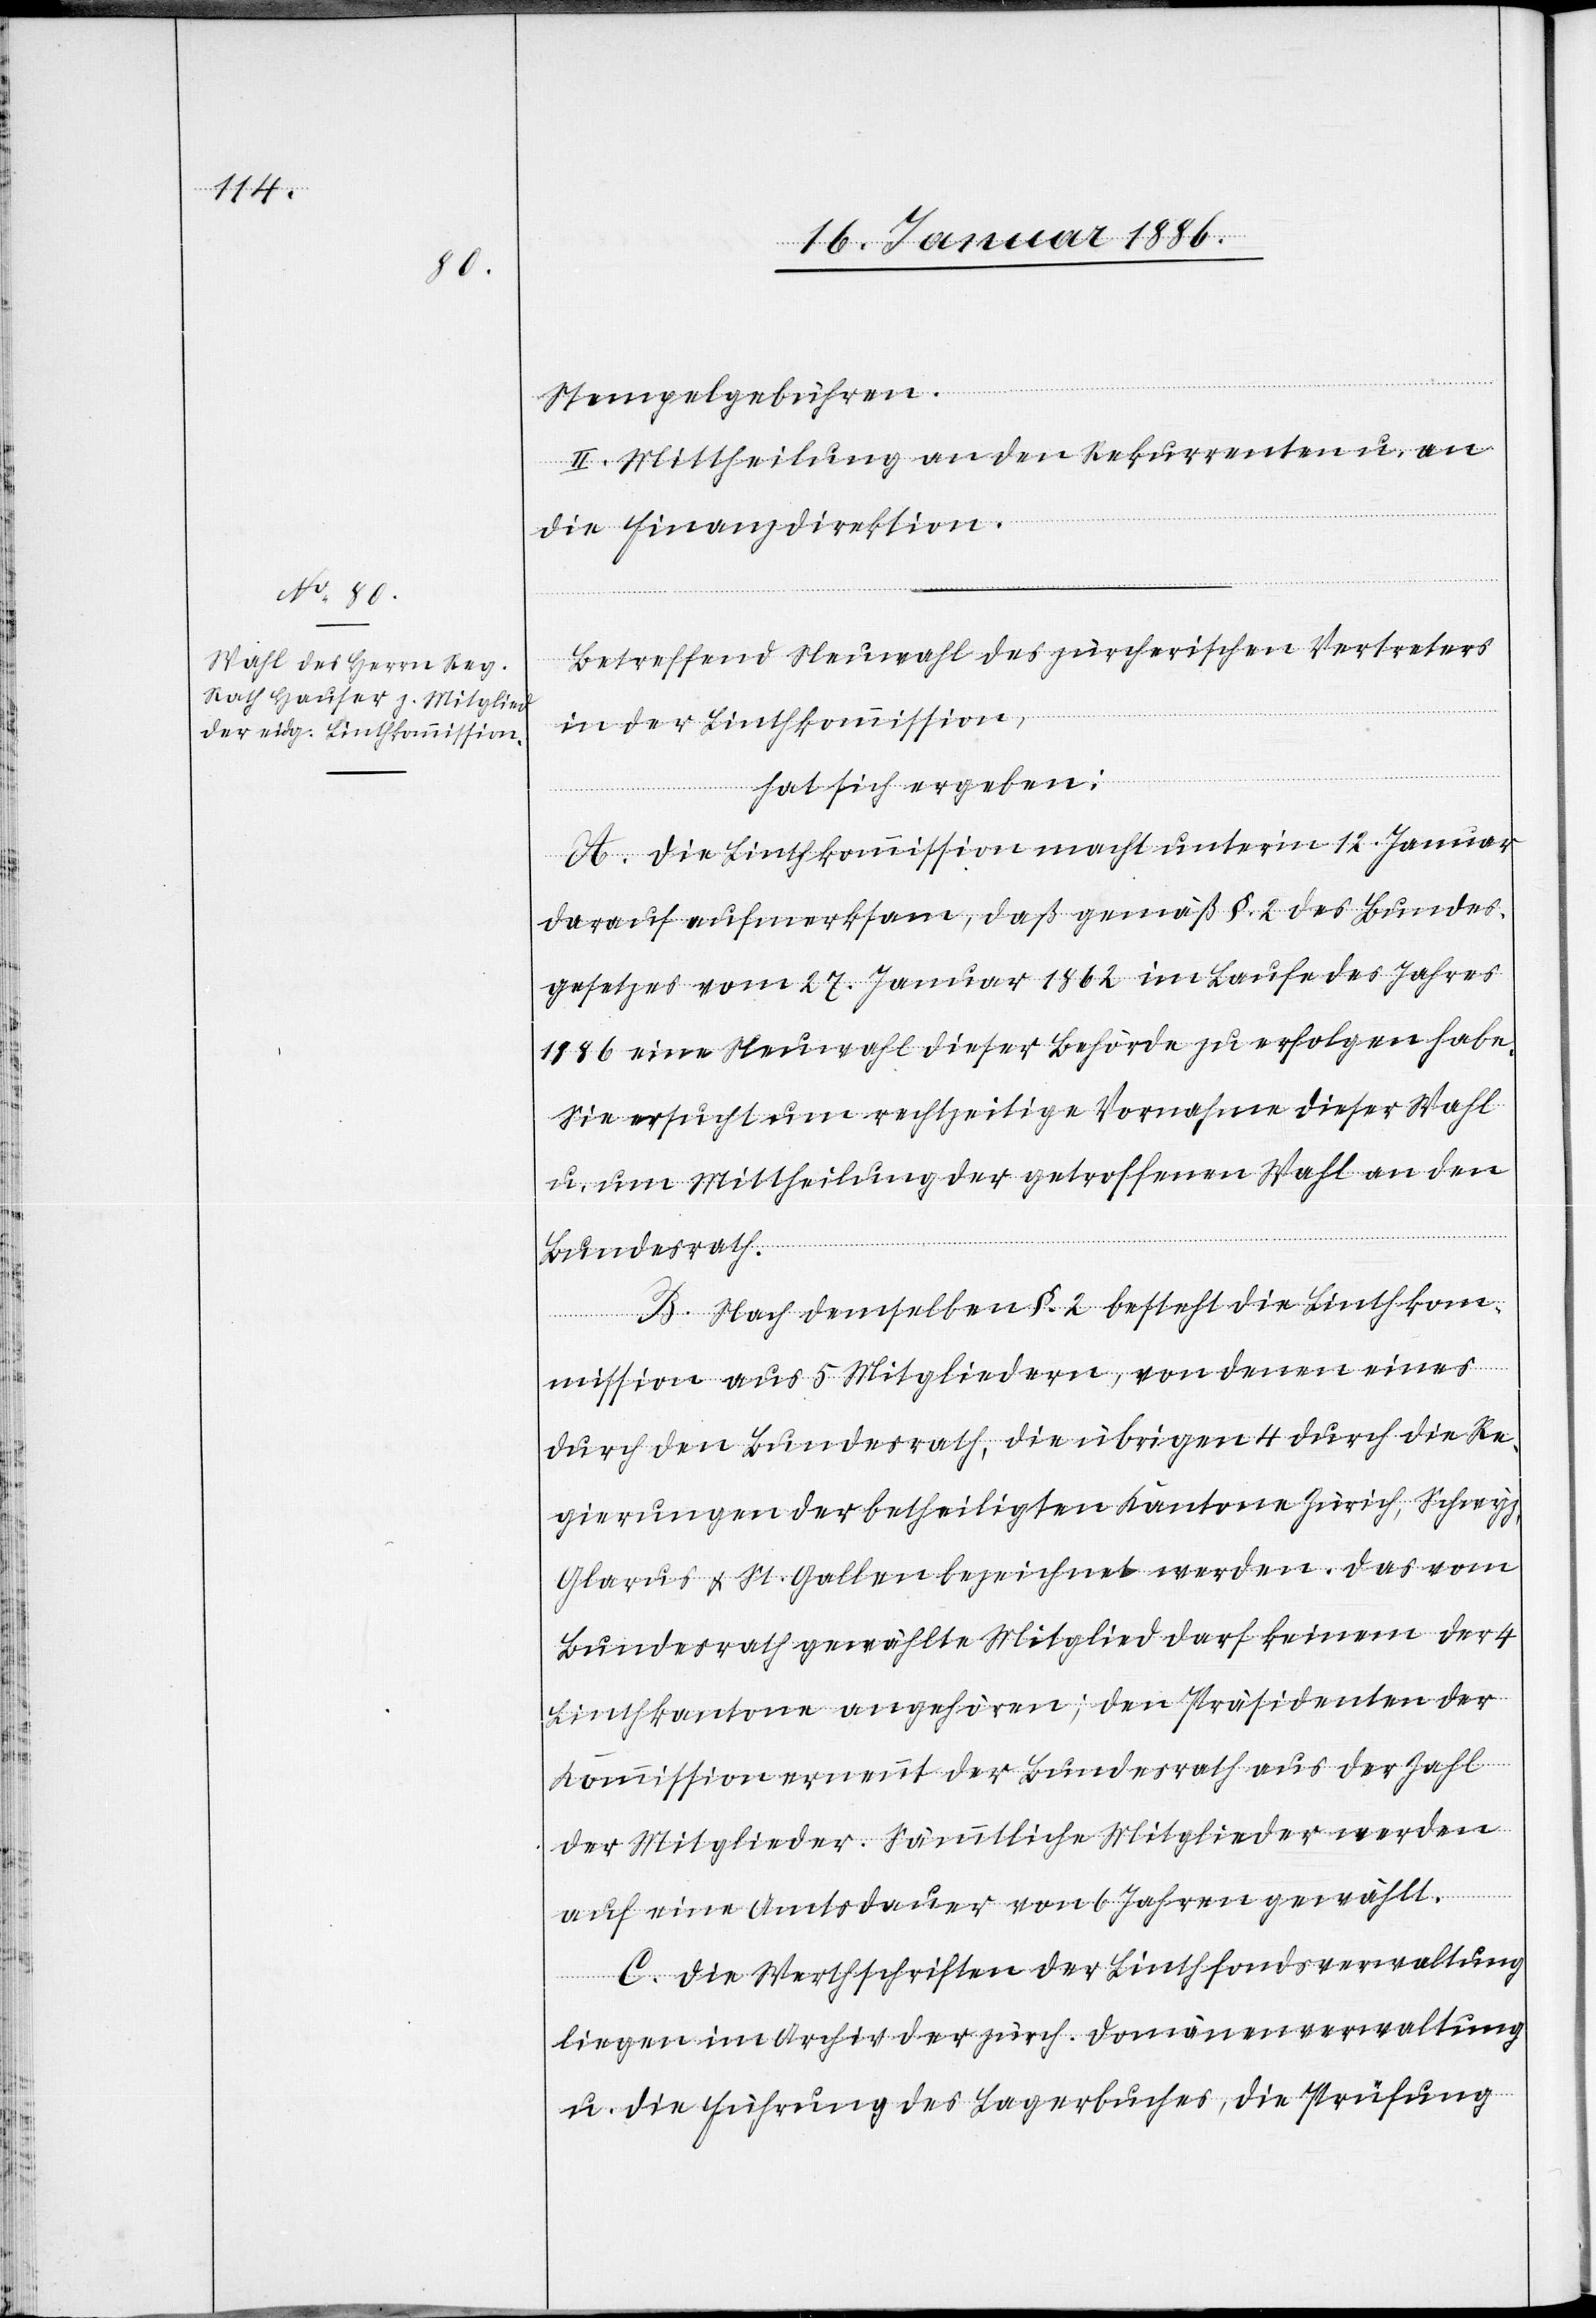
Stempelgebühren.
II. Mittheilung an den Rekurrent u. an
die Finanzdirektion.
Betreffend Neuwahl des zürcherischen Vertreters
in der Linthkommission,
hat sich ergeben:
A. Die Linthkommission macht unterm 12. Januar
darauf aufmerksam, daß gemäß §. 2 des Bundes¬
gesetzes vom 27. Januar 1862 im Laufe des Jahres
1886 eine Neuwahl dieser Behörde zu erfolgen habe.
Sie ersucht um rechtzeitige Vornahme dieser Wahl
u. um Mittheilung der getroffenen Wahl an den
Bundesrath.
B. Nach demselben §. 2 besteht die Linthkom¬
mission aus 5 Mitgliedern, von denen eines
durch den Bundesrath, die übrigen 4 durch die Re¬
gierungen der betheiligten Kantonen Zürich, Schwyz,
Glarus & St. Gallen bezeichnet werden. Das vom
Bundesrath gewählte Mitglied darf keinem der 4
Linthkantone angehören; den Präsidenten der
Kommission ernennt der Bundesrath aus der Zahl
der Mitglieder. Sämmtliche Mitglieder werden
auf eine Amtsdauer von 6 Jahren gewählt.
C. Die Werthschriften der Linthfondsverwaltung
liegen im Archiv der zürch. Domänenverwaltung
u. die Führung des Lagerbuches, die Prüfung